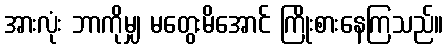
အားလုံး ဘာကိုမျှ မတွေးမိအောင် ကြိုးစားနေကြသည်။